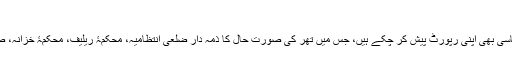
ثنا اللہ عباسی کی رپورٹ
اس سے پہلے ڈی آئی جی پولیس حیدرآباد ثنا اللہ عباسی بھی اپنی رپورٹ پیش کر چکے ہیں، جس میں تھر کی صورتِ حال کا ذمہ دار ضلعی انتظامیہ، محکمۂ ریلیف، محکمۂ خزانہ، صحت اور محکمۂ خوراک کی غفلت کو قرار دیا ہے۔